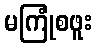
မကြုံစဖူး